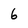
Character: 6